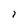
Character: l